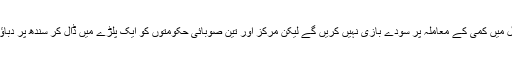
اگرچہ کہا جارہا ہے کہ صوبے اپنے وسائل میں کمی کے معاملہ پر سودے بازی نہیں کریں گے لیکن مرکز اور تین صوبائی حکومتوں کو ایک پلڑے میں ڈال کر سندھ پر دباؤ غیر معمولی طور سے بڑھایا جاسکتا ہے۔